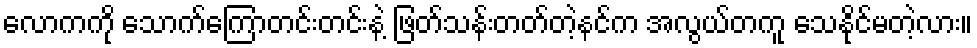
လောကကို သောက်ကြောတင်းတင်းနဲ့ ဖြတ်သန်းတတ်တဲ့နင်က အလွယ်တကူ သေနိုင်မတဲ့လား။